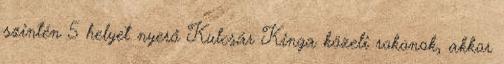
szintén 5 helyet nyerő Kulcsár Kinga közeli rokonok, akkor